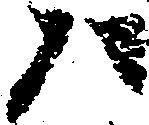
た